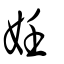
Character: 𡜟